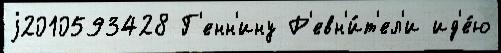
j2010593428 Г'енн'ину Р'евн'и́т'ел'и ид'е́ю